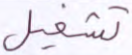
تشغيل